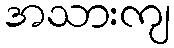
အသားကျ